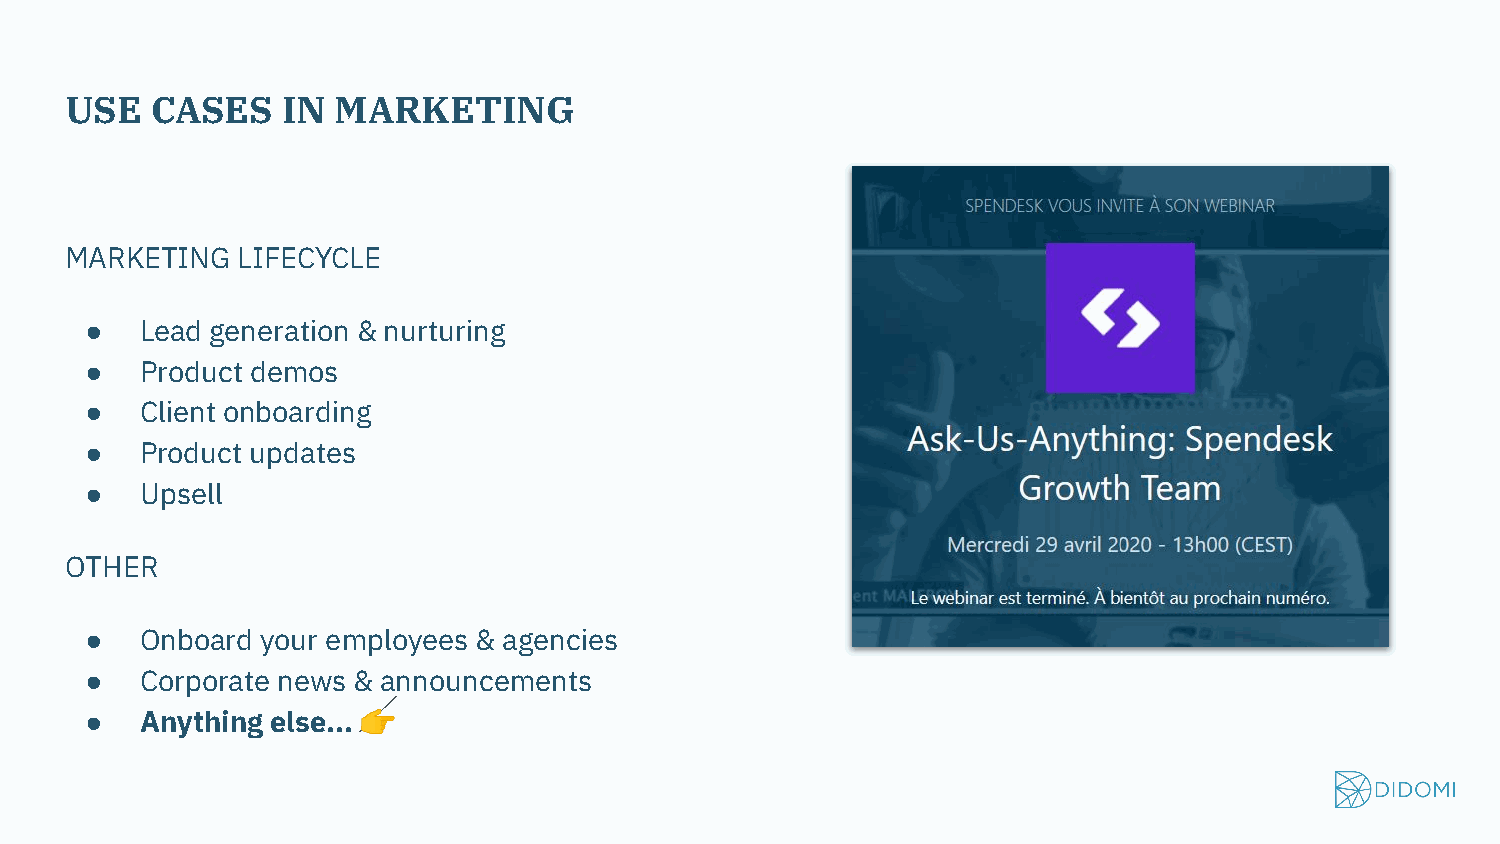
USE   CASES    IN MARKETING
 MARKETING   LIFECYCLE
 ●  Lead generation & nurturing
 ●  Product demos
 ●  Client onboarding
 ●  Product updates
 ●  Upsell
 OTHER
 ●  Onboard your employees & agencies
 ●  Corporate news & announcements
 ●  Anything else... 👉